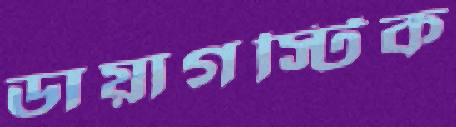
ডায়াগস্টিক